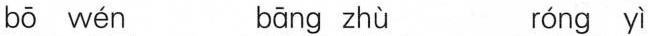
bō wén bāng zhù róng yì